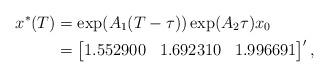
LaTeX: \begin{align*} x^* (T)&=\exp(A_1 (T-\tau)) \exp(A_2 \tau) x_0\\ &= \begin{bmatrix} 1.552900 & 1.692310& 1.996691 \end{bmatrix}',\end{align*}